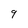
Character: 9